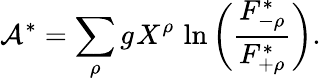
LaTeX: \mathcal{A}^{\ast}=\sum_{\rho}g_{\sf}{X}^{\rho}\, \ln\left(\frac{F_{-\rho}^{\ast}}{F_{+\rho}^{\ast}}\right).